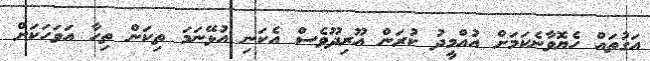
އަގުތައް ހެޔޮވާނެކަމަށް އުއްމީދު ކުރަން އޫރިދޫވެސް އެކަނި އުޅޭނަމަ ތިކަން ތިހާ އަވަހަކަށް